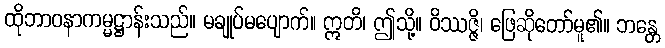
ထိုဘာဝနာကမ္မဋ္ဌာန်းသည်။ မချုပ်မပျောက်။ ဣတိ၊ ဤသို့။ ဝိဿဇ္ဇိ၊ ဖြေဆိုတော်မူ၏။ ဘန္တေ